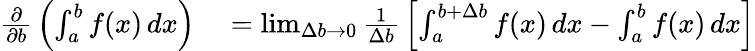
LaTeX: \begin{array}{rl}{{\frac{\partial}{\partial b}}\left(\int_{a}^{b}f(x)\, dx\right)}&{{}=\operatorname*{lim}_{\Delta b\to 0}{\frac{1}{\Delta b}}\left[\int_{a}^{b+\Delta b}f(x)\, dx-\int_{a}^{b}f(x)\, dx\right]}\end{array}